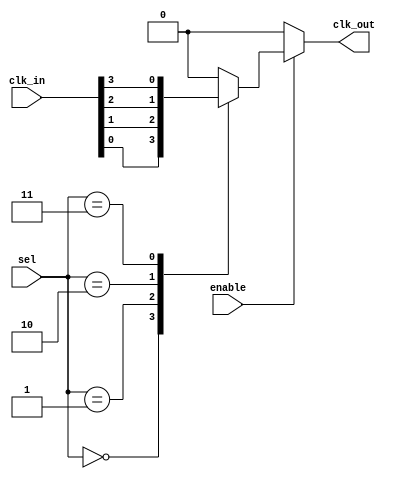
module clk_mux_buffer #(
    parameter NUM_CLOCKS = 4  // Number of clock inputs
) (
    input wire [NUM_CLOCKS-1:0] clk_in,  // Clock inputs
    input wire [NUM_CLOCKS-1:0] sel,      // Selection input
    input wire enable,                     // Enable signal
    output reg clk_out                     // Selected clock output
);

    // Internal signal to hold the selected clock
    reg [NUM_CLOCKS-1:0] clk_selected;

    always @(*) begin
        // Default output state when disabled
        clk_out = 1'b0;

        // If enabled, select the appropriate clock input
        if (enable) begin
            // Use a case statement to select the clock based on 'sel'
            case (sel)
                2'b00: clk_selected = clk_in[0];
                2'b01: clk_selected = clk_in[1];
                2'b10: clk_selected = clk_in[2];
                2'b11: clk_selected = clk_in[3];
                default: clk_selected = 1'b0; // Fallback (should not occur)
            endcase

            // Output the selected clock
            clk_out = clk_selected;
        end
    end

endmodule